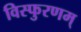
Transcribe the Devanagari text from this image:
विस्फुरणम्